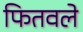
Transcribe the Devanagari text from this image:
फितवले